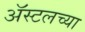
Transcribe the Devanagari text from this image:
ॲस्टलच्या